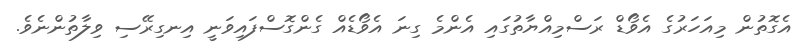
އެގޮތުން މިއަހަރުގެ އެވޯޑް ރަސްމިއްޔާތުގައި އެންމެ ގިނަ އެވޯޑެއް ގެންގޮސްފައިވަނީ އިނގިރޭސި ވިލާތުންނެވެ.